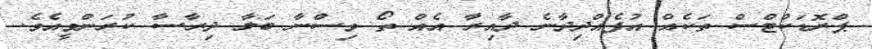
ޕްރޮޑަކްޓްސް ތަކެއް އުފެއްދިދާނެ ދާއިރާ އެއް ތޯ ވިސްނާ ބަލާ ދިރާސާ ކުރަންވީއެވެ.